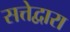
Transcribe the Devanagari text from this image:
सत्तेद्वारा